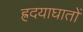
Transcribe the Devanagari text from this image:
ह्रदयाघातों